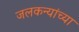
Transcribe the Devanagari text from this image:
जलकन्यांच्या